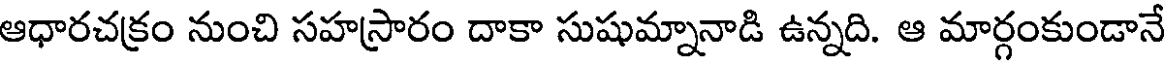
ఆధారచక్రం నుంచి సహస్రారం దాకా సుషుమ్నానాడి ఉన్నది. ఆ మార్గంకుండానే